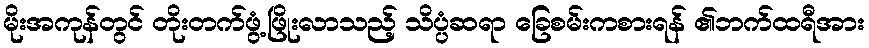
မိုးအကုန်တွင် တိုးတက်ဖွံ့ဖြိုးလာသည့် သိပ္ပံဆရာ ခြေစမ်းကစားရန် ၏ဘက်ထရီအား